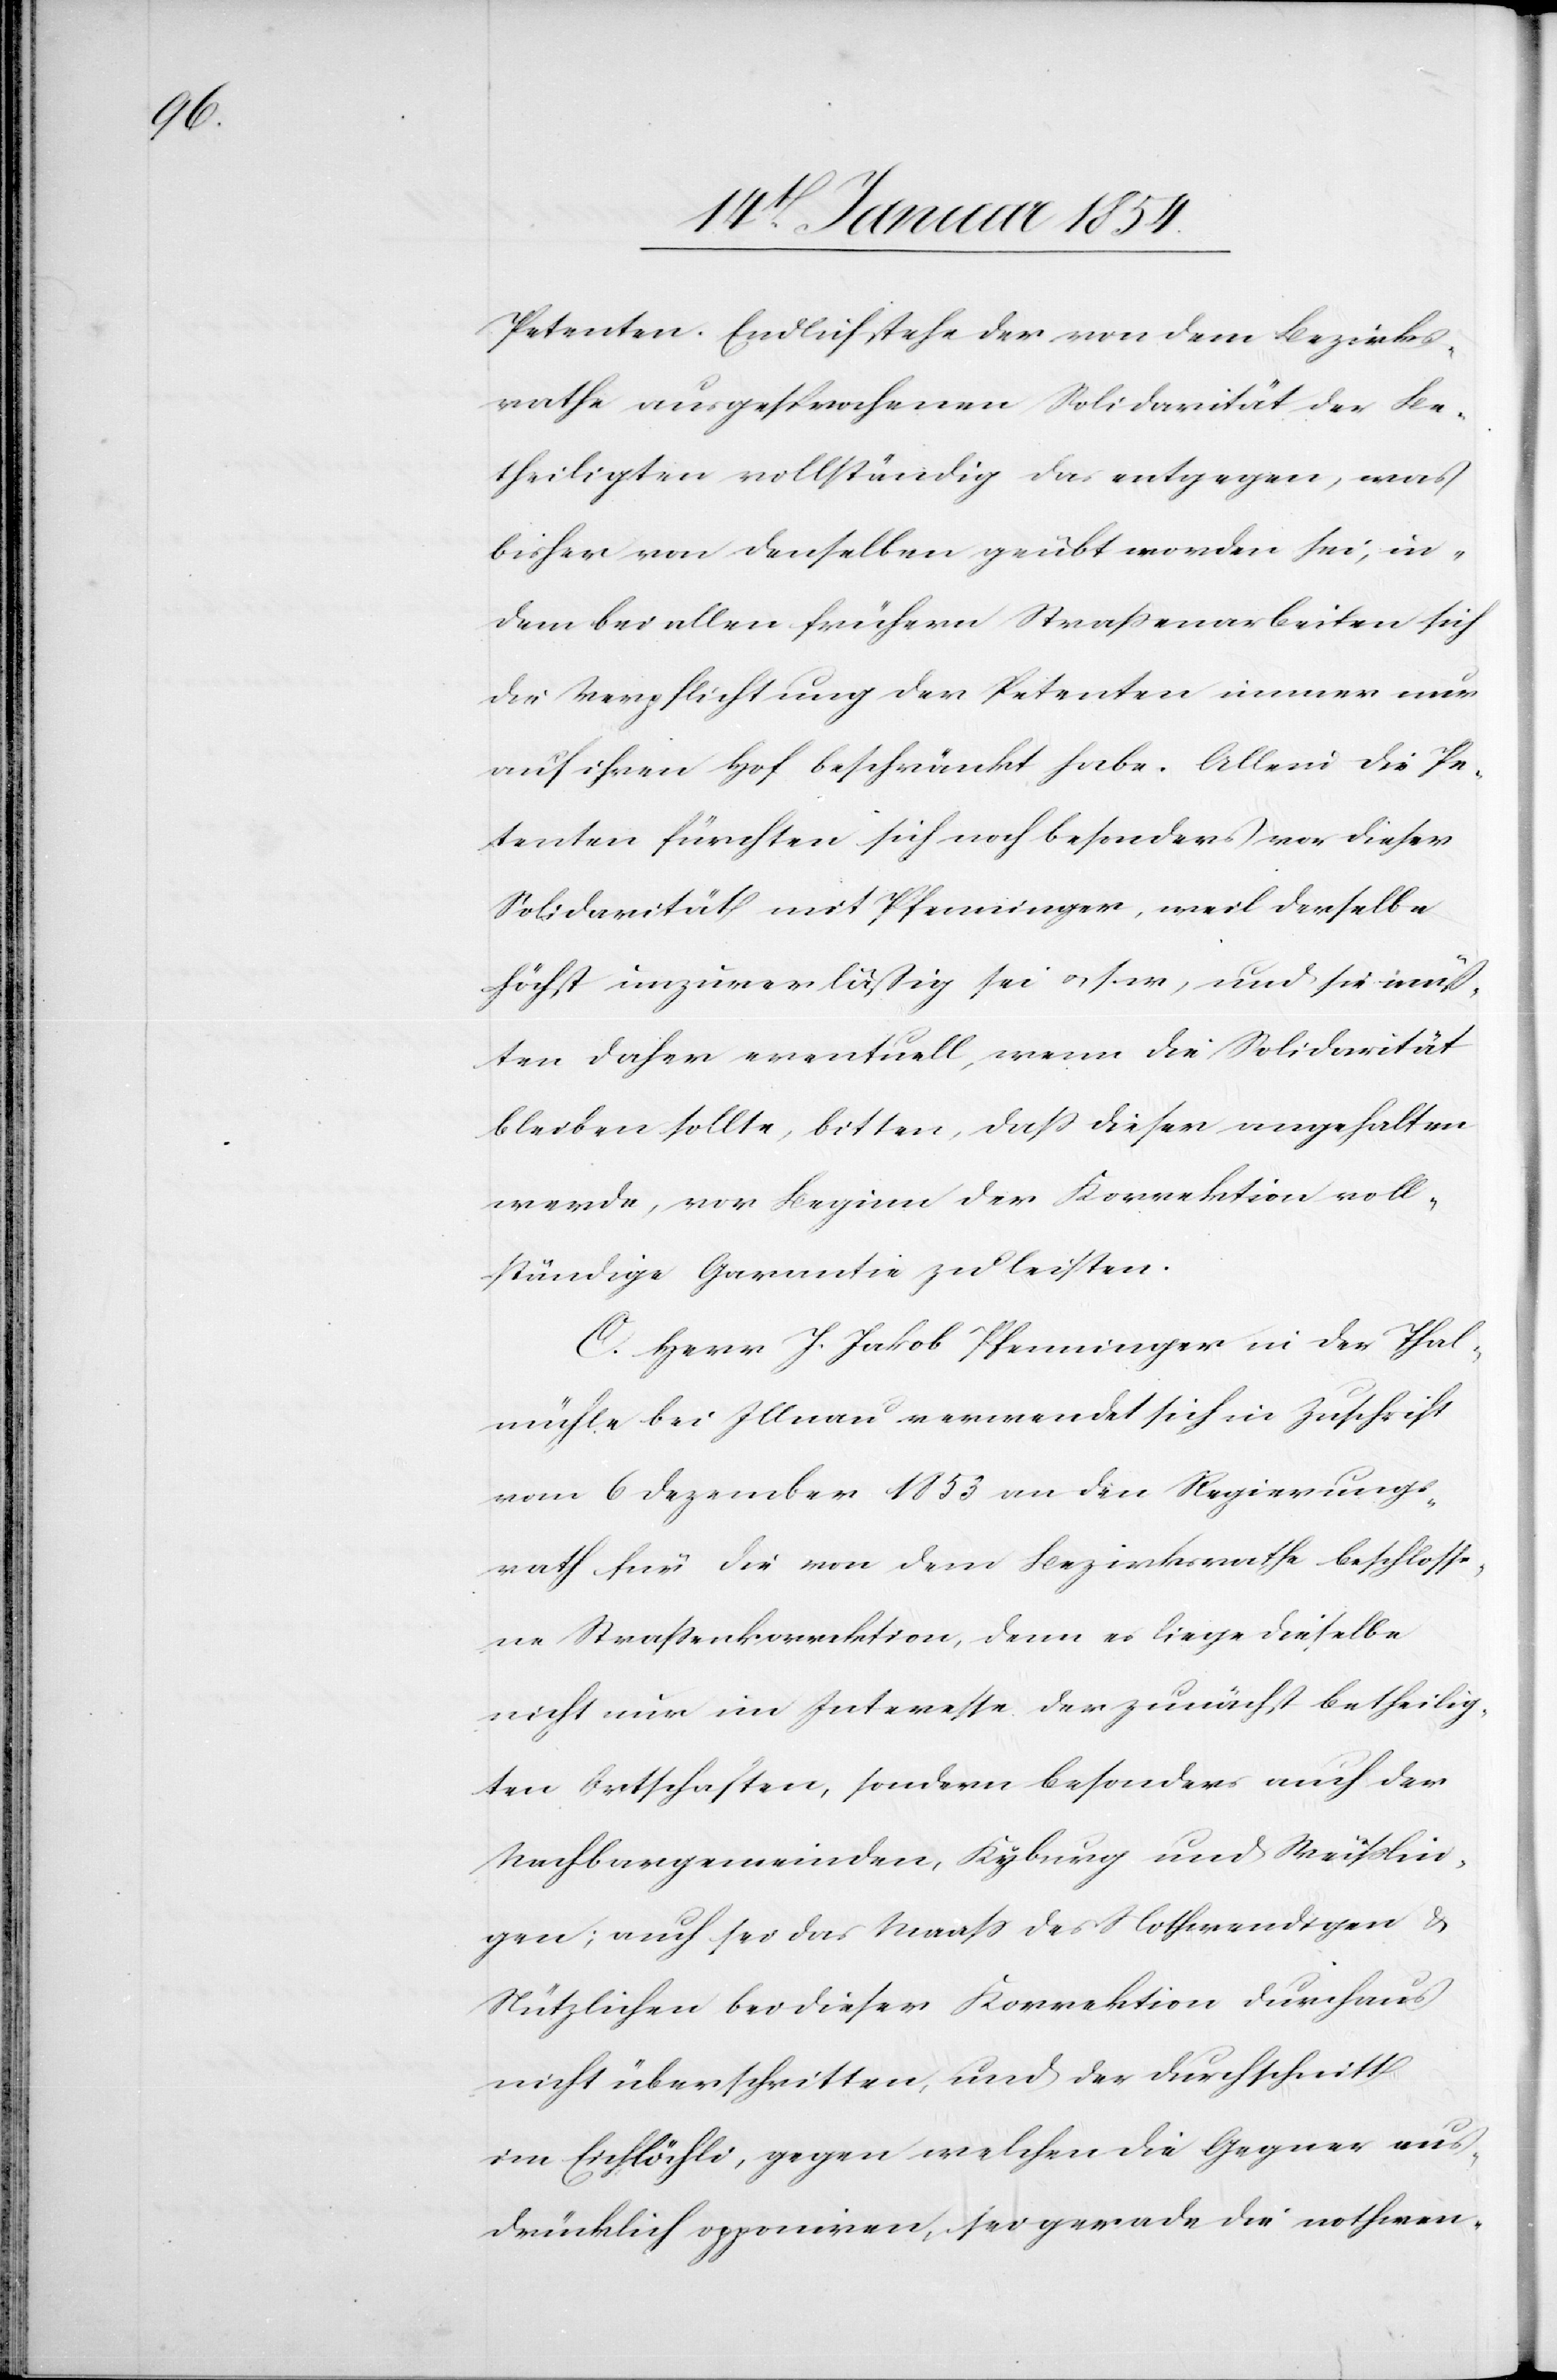
Petenten. Endlich stehe der von dem Bezirks¬
rathe ausgesprochenen Solidarität der Be¬
theiligten vollständig das entgegen, was
bisher von denselben geübt worden sein, in¬
dem bei allen frühern Straßenarbeiten sich
die Verpflichtung der Petenten immer nur
auf ihren Hof beschränkt habe. Allein die Pe¬
tenten fürchten sich noch besonders vor dieser
Solidarität mit Pfenninger, weil derselbe
höchst unzuverläßig sei u. s. w., und sie müß¬
ten daher eventuell, wenn die Solidarität
bleiben sollte, bitten, daß dieser angehalten
werde, vor Beginn der Korrektion voll¬
ständige Garantie zu leisten.
C. Herr J. Jakob Pfenninger in der Thal¬
mühle bei Illnau verwendet sich in Zuschrift
vom 6 Dezember 1853 an den Regierungs¬
rath für die von dem Bezirksrath beschlosse¬
ne Straßenkorrektion, denn es liege dieselbe
nicht nur im Interesse der zunächst betheilig¬
ten Ortschaften, sondern besonders auch der
Nachbargemeinden, Kyburg und Weißlin¬
gen; auch sei das Maaß des Nothwendigen &
Nützlichen bei dieser Korrektion durchaus
nicht überschritten, und der Durchschnitt
im Eichlöchli, gegen welchen die Gegner aus¬
drücklich opponiren, sei gerade die nothwen-